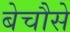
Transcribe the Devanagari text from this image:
बेचौसे